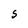
Character: S